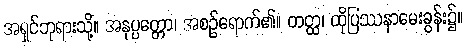
အရှင်ဘုရားသို့။ အနုပ္ပတ္တော၊ အစဉ်ရောက်၏။ တတ္ထ၊ ထိုပြဿနာမေးခွန်း၌။